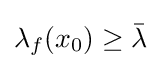
\lambda _{f}(x_{0})\geq {\bar {\lambda }}